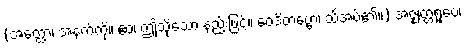
(အတ္ထော၊ အနက်ကို။ ဧဝံ၊ ဤသို့သော နည်းဖြင့်။ ဝေဒိတဗ္ဗော၊ သိအပ်၏။) အဇ္ဈတ္တရူပေ၊